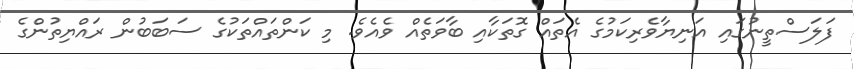
ފަލަސްތީނުގައި އަނިޔާވެރިކަމުގެ އެތައް ގޮތަކާއި ބާވަތެއް ވެއެވެ. މި ކަންތައްތަކުގެ ސަބަބުން ރައްޔިތުންގެ